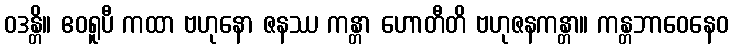
ဝဒန္တိ။ ဧဝရူပီ ကထာ ဗဟုနော ဇနဿ ကန္တာ ဟောတီတိ ဗဟုဇနကန္တာ။ ကန္တဘာဝေနေဝ